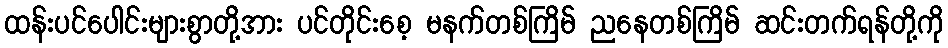
ထန်းပင်ပေါင်းများစွာတို့အား ပင်တိုင်းစေ့ မနက်တစ်ကြိမ် ညနေတစ်ကြိမ် ဆင်းတက်ရန်တို့ကို